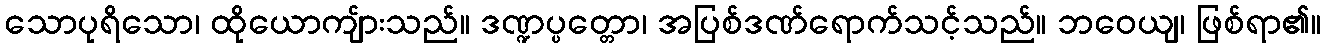
သောပုရိသော၊ ထိုယောကျ်ားသည်။ ဒဏ္ဍပ္ပတ္တော၊ အပြစ်ဒဏ်ရောက်သင့်သည်။ ဘဝေယျ၊ ဖြစ်ရာ၏။